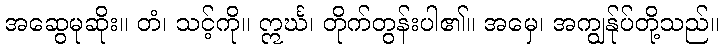
အဆွေမုဆိုး။ တံ၊ သင့်ကို။ ဣင်္ဃ၊ တိုက်တွန်းပါ၏။ အမှေ၊ အကျွန်ုပ်တို့သည်။